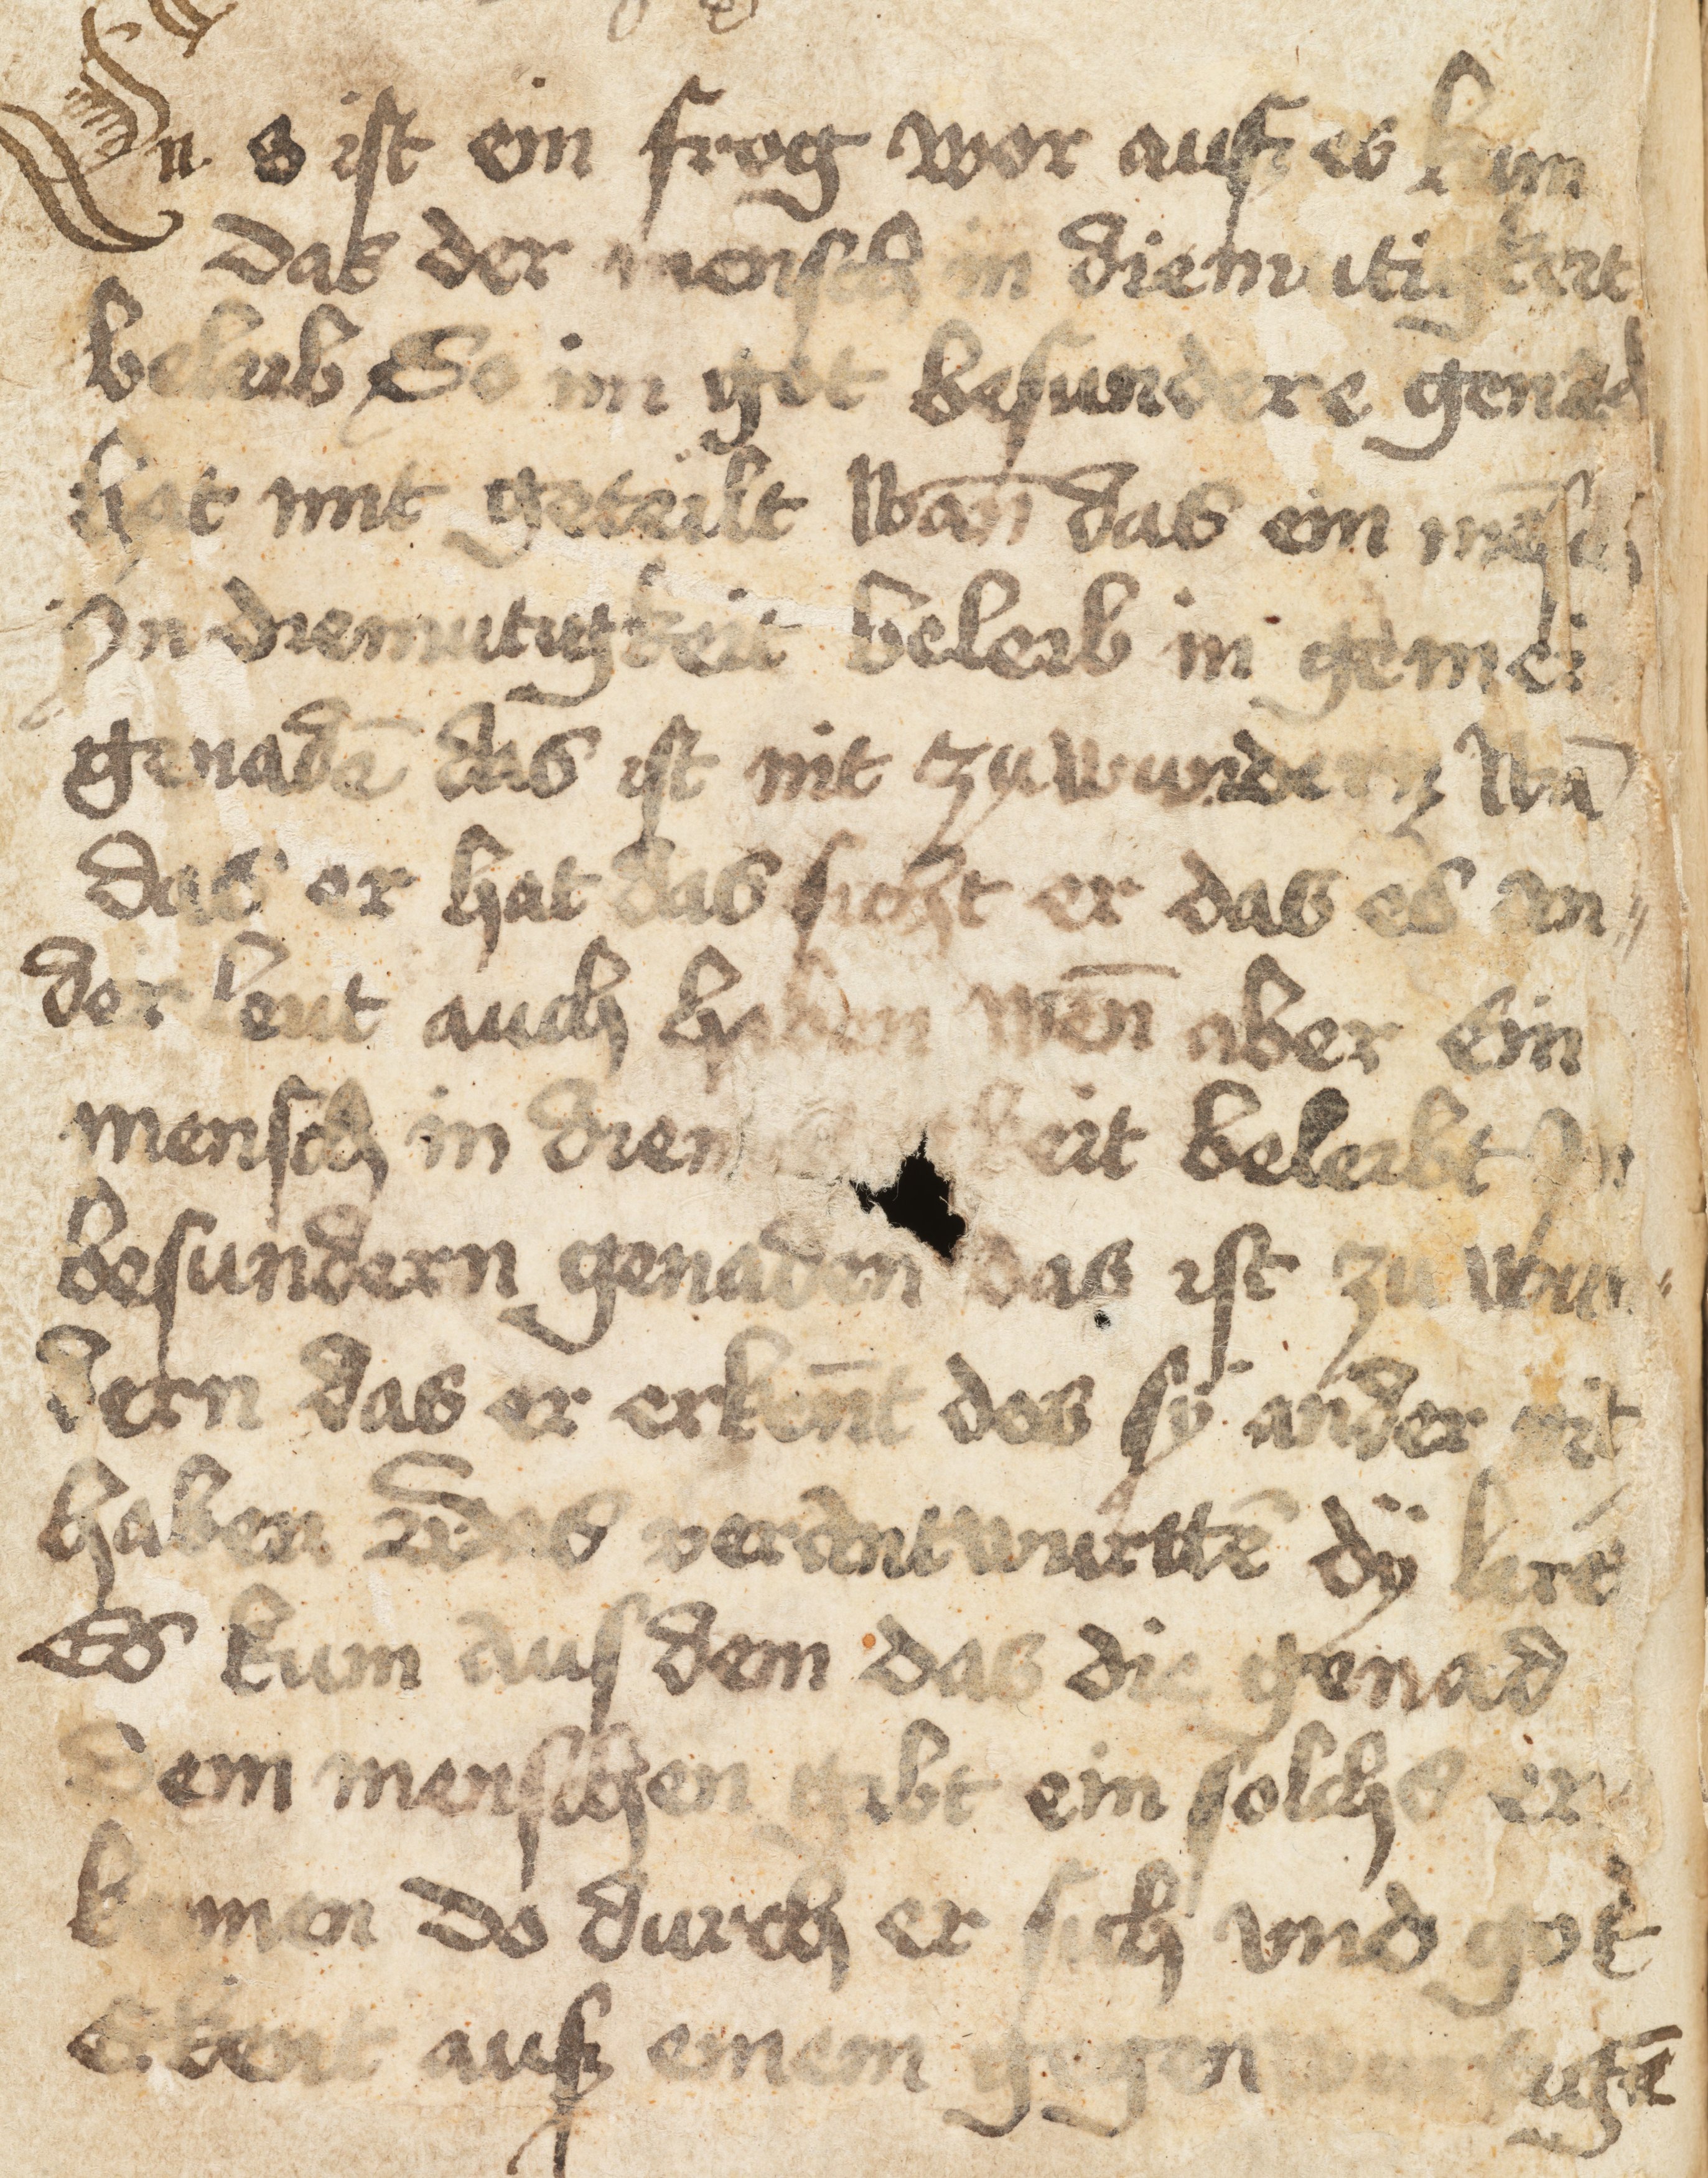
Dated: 1400–1499